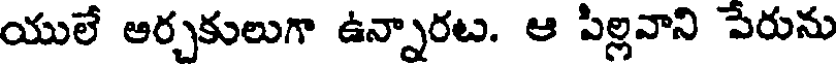
యులే ఆర్చకులుగా ఉన్నారట. ఆ పిల్లవాని పేరును